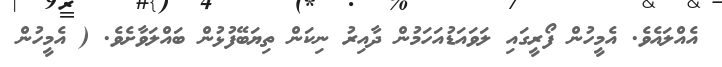
އެއްލައެވެ. އެމީހުން ފޯރީގައި ލަވައަޑުއަހަމުން ދާއިރު ނިކަން ތިޔަބޭފުޅުން ބައްލަވާށެވެ. ( އެމީހުން